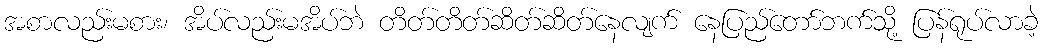
အစာလည်းမစား၊ အိပ်လည်းမအိပ်ဘဲ တိတ်တိတ်ဆိတ်ဆိတ်နေလျက် နေပြည်တော်ဘက်သို့ ပြန်ရုပ်လာခဲ့